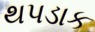
થપડાક